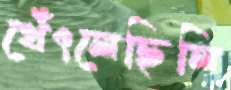
থেঁৎলেছিলি